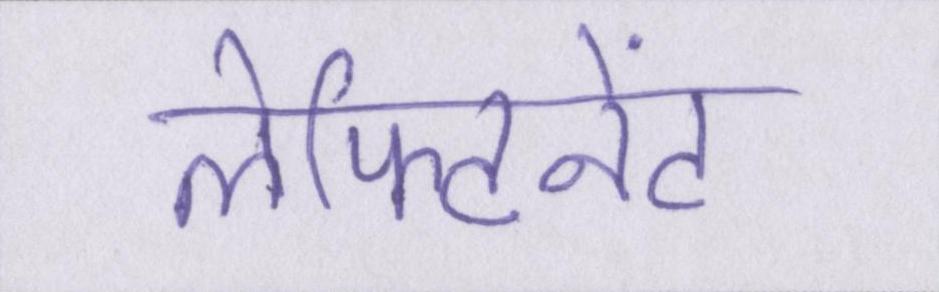
लेफ्टिनेंट